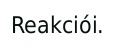
Reakciói.